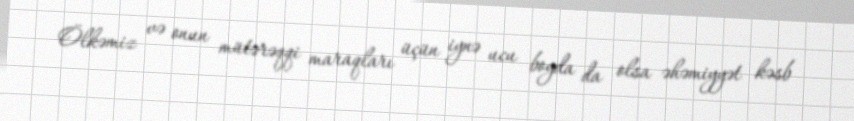
Ölkəmiz və onun mütərəqqi maraqları üçün iynə ucu boyda da olsa əhəmiyyət kəsb